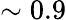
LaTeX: \sim 0.9